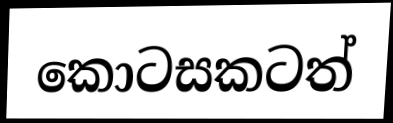
කොටසකටත්